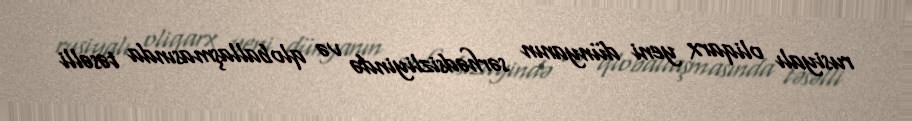
rusiyalı oliqarx yeni dünyanın sərhədsizliyində və qloballaşmasında təsəlli